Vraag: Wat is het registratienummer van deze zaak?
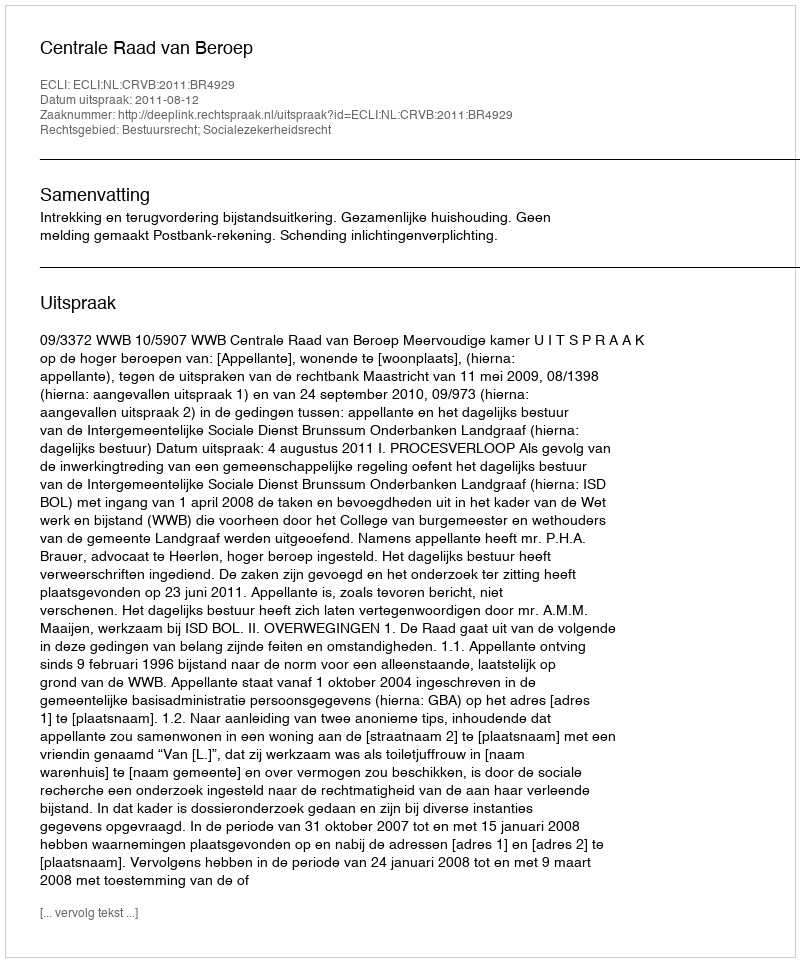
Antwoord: http://deeplink.rechtspraak.nl/uitspraak?id=ECLI:NL:CRVB:2011:BR4929